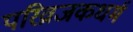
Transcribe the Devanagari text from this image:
परिव्राजकधर्म